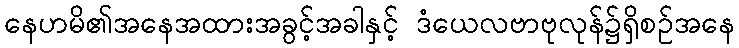
နေဟမိ၏အနေအထားအခွင့်အခါနှင့် ဒံယေလဗာဗုလုန်၌ရှိစဉ်အနေ